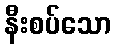
နီးစပ်သော